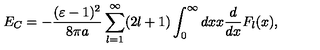
E _ { C } = - \frac { ( \varepsilon - 1 ) ^ { 2 } } { 8 \pi a } \sum _ { l = 1 } ^ { \infty } ( 2 l + 1 ) \int _ { 0 } ^ { \infty } d x x \frac { d } { d x } F _ { l } ( x ) ,